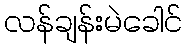
လန်ချန်းမဲခေါင်